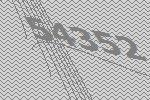
54352